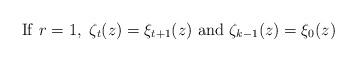
LaTeX: \begin{align*} {\rm If~} r=1, ~\zeta_{t}(z)=\xi_{t+1}(z) {\rm ~and ~} \zeta_{k-1}(z)=\xi_0(z) \end{align*}